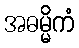
အဓမ္မိကံ